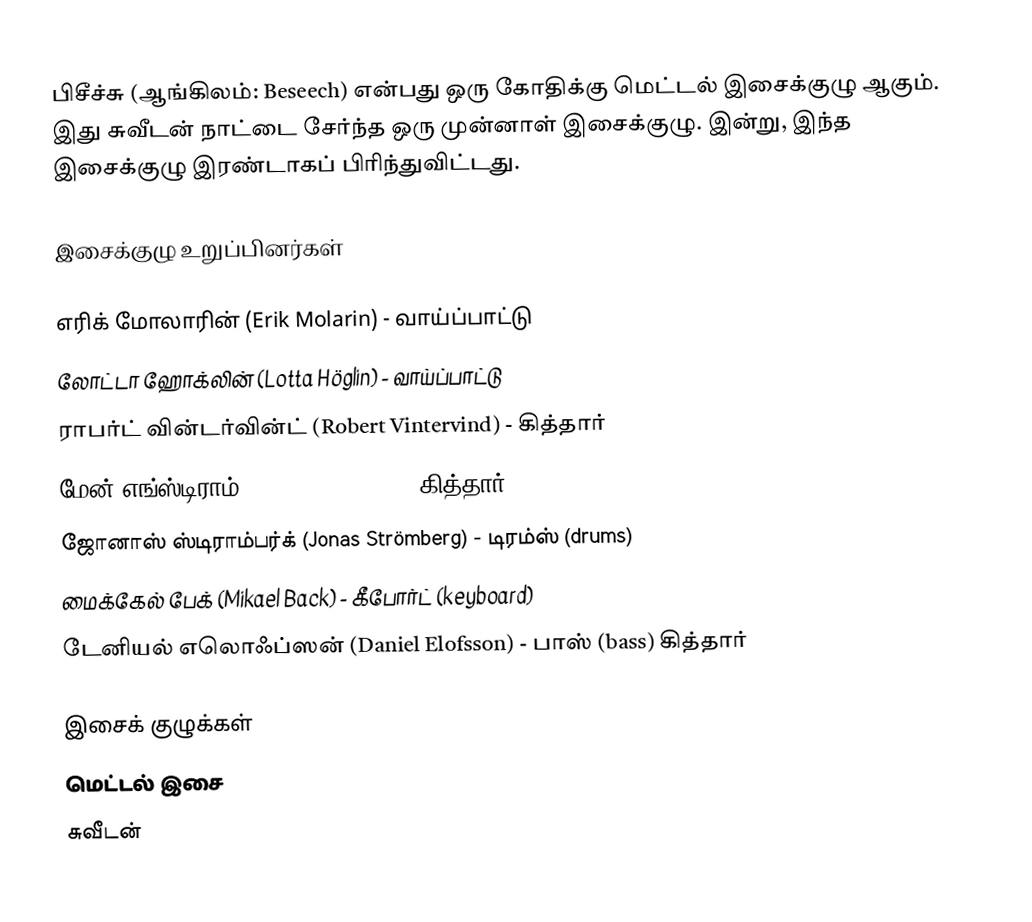
பிசீச்சு (ஆங்கிலம்: Beseech) என்பது ஒரு கோதிக்கு மெட்டல் இசைக்குழு ஆகும். இது சுவீடன் நாட்டை சேர்ந்த ஒரு முன்னாள் இசைக்குழு. இன்று, இந்த இசைக்குழு இரண்டாகப் பிரிந்துவிட்டது.

இசைக்குழு உறுப்பினர்கள்

 எரிக் மோலாரின் (Erik Molarin) - வாய்ப்பாட்டு
 லோட்டா ஹோக்லின் (Lotta Höglin) - வாய்ப்பாட்டு
 ராபர்ட் வின்டர்வின்ட் (Robert Vintervind) - கித்தார்
 மேன் எங்ஸ்டிராம் (Manne Engström) - கித்தார்
 ஜோனாஸ் ஸ்டிராம்பர்க் (Jonas Strömberg) - டிரம்ஸ் (drums)
 மைக்கேல் பேக் (Mikael Back) - கீபோர்ட் (keyboard)
 டேனியல் எலொஃப்ஸன் (Daniel Elofsson) - பாஸ் (bass) கித்தார்

இசைக் குழுக்கள்
மெட்டல் இசை
சுவீடன்